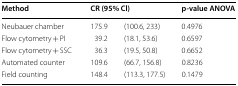
<table><thead><tr><td><b>Method</b></td><td colspan="2"><b>CR (95% Cl)</b></td><td><b>p-value ANOVA</b></td></tr></thead><tbody><tr><td>Neubauer chamber</td><td>175.9</td><td>(100.6, 233)</td><td>0.4976</td></tr><tr><td>Flow cytometry + PI</td><td>39.2</td><td>(18.1, 53.6)</td><td>0.6597</td></tr><tr><td>Flow cytometry + SSC</td><td>36.3</td><td>(19.5, 50.8)</td><td>0.6652</td></tr><tr><td>Automated counter</td><td>109.6</td><td>(66.7, 156.8)</td><td>0.8236</td></tr><tr><td>Field counting</td><td>148.4</td><td>(113.3, 177.5)</td><td>0.1479</td></tr></tbody></table>